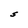
Character: S